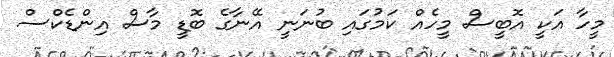
މީހާ އަކީ އޮބީސް މީހެއް ކަމުގައި ބުނަނީ އޭނާގެ ބޮޑީ މާސް އިންޑެކްސް